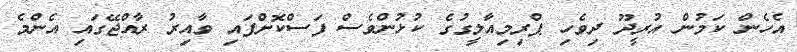
އެހެން ކަމުން އުރީދޫ ދިވެހި ޕްރިމިއާލީގުގެ ކުޅުންވެސް ފަސްކޮށްފައި ވާއިރު ރާއްޖޭގައި އެންމެ